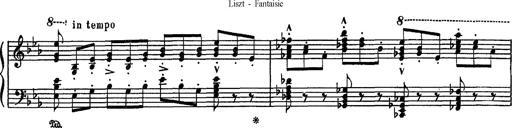
Title: Fantaisie sur des motifs favoris de l'opÃ©ra 'La sonnambula'
Composer: Franz Liszt